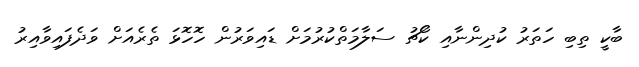
ބާކީ ތިބި ހަތަރު ކުދިންނާއި ކޯޗު ސަލާމަތްކުރުމަށް ޑައިވަރުން ހޮހޮޅަ ތެރެއަށް ވަދެފައިވާއިރު